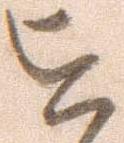
を